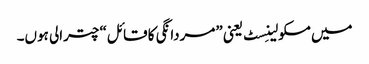
میں مسکولینِسٹ یعنی ”مردانگی کا قائل“ چترالی ہوں۔